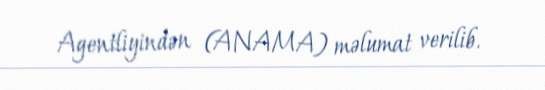
Agentliyindən (ANAMA) məlumat verilib.